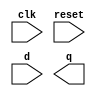
// Create 8 D flip-flops with active high synchronous reset. The flip-flops must be reset to 0x34 rather than zero. All DFFs should be triggered by the negative edge of clk.

// Hint: Resetting a register to '1' is sometimes called "preset"

module top_module (
    input clk,
    input reset,
    input [7:0] d,
    output [7:0] q
);

	// Insert your code here

endmodule